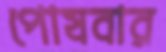
পোষবার